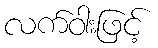
လက်ဝါးဖြင့်